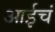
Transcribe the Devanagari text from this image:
आईचं